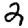
Digit: 2